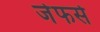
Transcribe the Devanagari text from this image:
जेफर्स